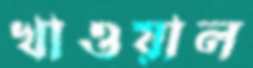
খাওয়াল